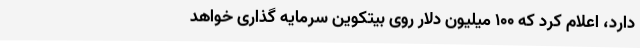
دارد، اعلام کرد که ۱۰۰ میلیون دلار روی بیتکوین سرمایه گذاری خواهد